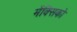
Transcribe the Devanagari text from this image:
मेंक्सिको